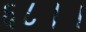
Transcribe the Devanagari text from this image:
६८।।